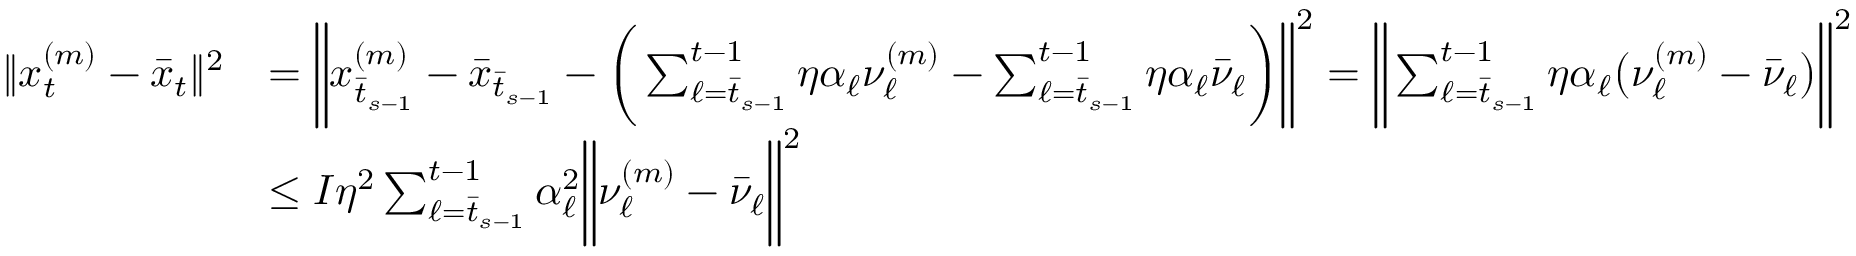
\begin{array} { r l } { \| x _ { t } ^ { ( m ) } - \bar { x } _ { t } \| ^ { 2 } } & { = \bigg \| x _ { \bar { t } _ { s - 1 } } ^ { ( m ) } - \bar { x } _ { \bar { t } _ { s - 1 } } - \bigg ( \sum _ { \ell = \bar { t } _ { s - 1 } } ^ { t - 1 } \eta \alpha _ { \ell } \nu _ { \ell } ^ { ( m ) } - \sum _ { \ell = \bar { t } _ { s - 1 } } ^ { t - 1 } \eta \alpha _ { \ell } \bar { \nu } _ { \ell } \bigg ) \bigg \| ^ { 2 } = \bigg \| \sum _ { \ell = \bar { t } _ { s - 1 } } ^ { t - 1 } \eta \alpha _ { \ell } \big ( \nu _ { \ell } ^ { ( m ) } - \bar { \nu } _ { \ell } \big ) \bigg \| ^ { 2 } } \\ & { \leq I \eta ^ { 2 } \sum _ { \ell = \bar { t } _ { s - 1 } } ^ { t - 1 } \alpha _ { \ell } ^ { 2 } \bigg \| \nu _ { \ell } ^ { ( m ) } - \bar { \nu } _ { \ell } \bigg \| ^ { 2 } } \end{array}